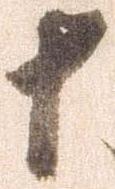
十